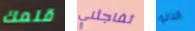
قلمك تفاجئني النانو